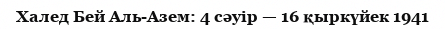
Халед Бей Аль-Азем: 4 сәуір — 16 қыркүйек 1941